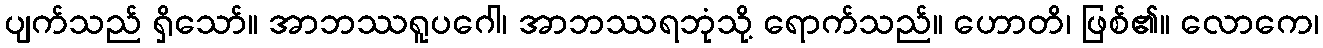
ပျက်သည် ရှိသော်။ အာဘဿရူပဂေါ၊ အာဘဿရဘုံသို့ ရောက်သည်။ ဟောတိ၊ ဖြစ်၏။ လောကေ၊